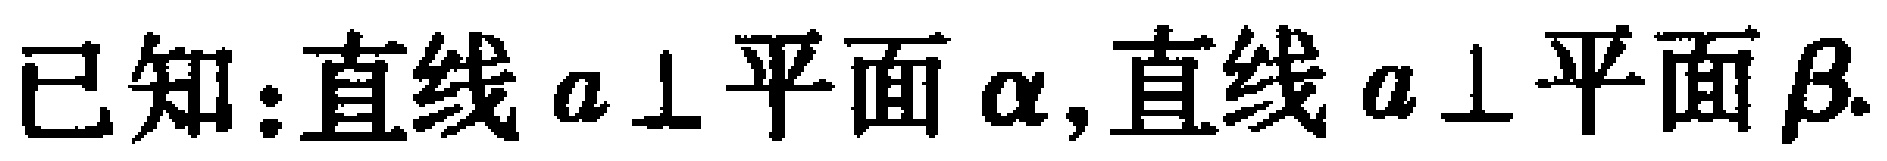
已知：直线\(a \perp\)平面\(\alpha\)，直线\(a \perp\)平面\(\beta\).